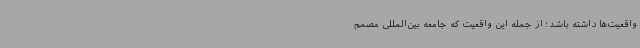
واقعیت‌ها داشته باشد؛ از جمله این واقعیت که جامعه بین‌المللی مصمم